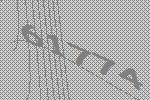
61774